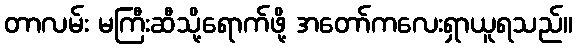
တာလမ်း မကြီးဆီသို့ရောက်ဖို့ အတော်ကလေးရှာယူရသည်။